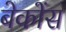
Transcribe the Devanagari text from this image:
बेकोंस